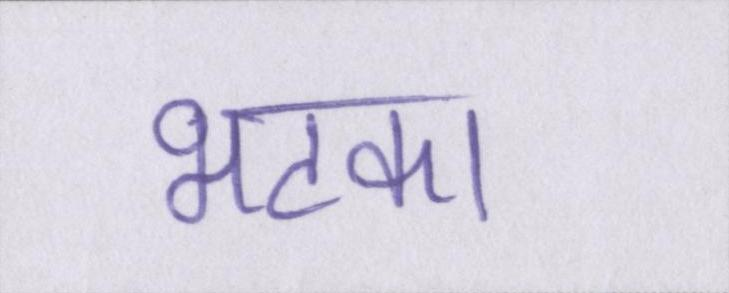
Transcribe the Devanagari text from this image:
भटका